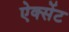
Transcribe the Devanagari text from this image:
ऐक्सेंट